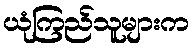
ယုံကြည်သူများက